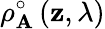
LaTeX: \rho_{\mathbf{A}}^{\circ}\left(\mathbf{{z}},\lambda\right)